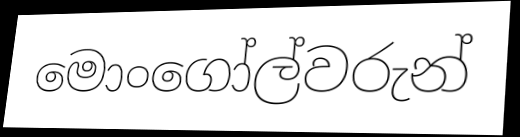
මොංගෝල්වරුන්